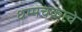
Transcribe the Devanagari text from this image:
धम्मचक्राचे